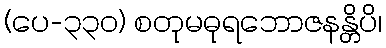
(ပေ-၃၃၀) စတုမဓုရဘောဇနန္တိပိ၊